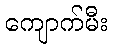
ကျောက်မီး